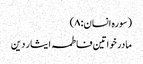
(سورہ انسان: ۸)
مادر خواتین فاطمہ ایثار دین